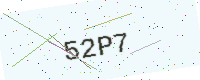
Text: 52P7